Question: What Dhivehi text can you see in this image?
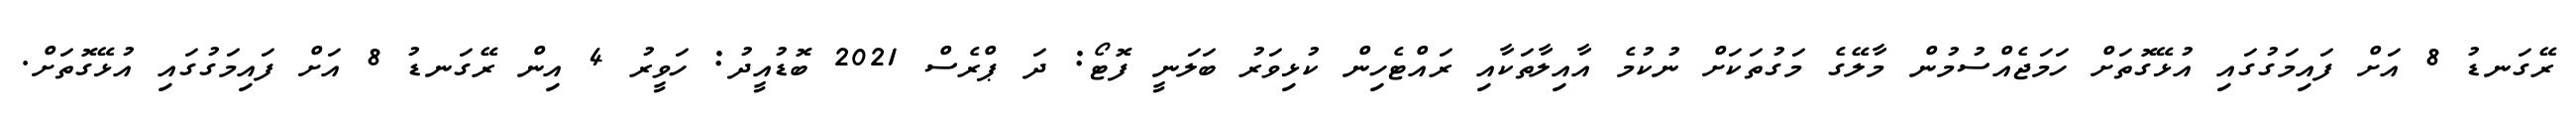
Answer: ރޭގަނޑު 8 އަށް ފައިމަގުގައި އުޅޭގޮތަށް ހަމަޖެއްސުމުން މާލޭގެ މަގުތަކަށް ނުކުމެ އާއިލާތަކާއި ރައްޓެހިން ކުޅިވަރު ބަލަނީ ފޮޓޯ: ދަ ޕްރެސް 2021 ބޮޑުއީދު: ހަވީރު 4 އިން ރޭގަނޑު 8 އަށް ފައިމަގުގައި އުޅޭގޮތަށް.